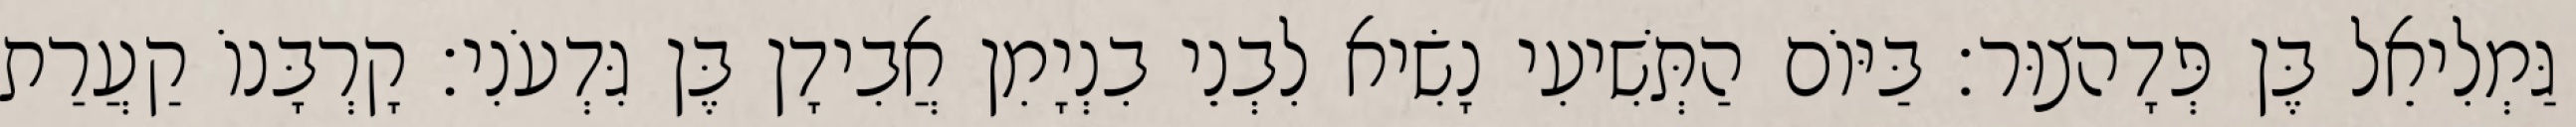
גַּמְלִיאֵל בֶּן פְּדָהצוּר׃ בַּיּוֹם הַתְּשִׁיעִי נָשִׂיא לִבְנֵי בִנְיָמִן אֲבִידָן בֶּן גִּדְעֹנִי׃ קָרְבָּנוֹ קַעֲרַת